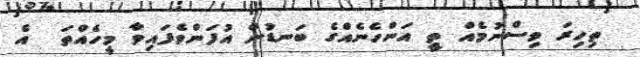
ތިހިރަ ވިސްނުމެއް ތީ އަންހެނެއްގެ ބަނޑުން އުފަންވެފައިވާ މީހެއްތަ  އެ